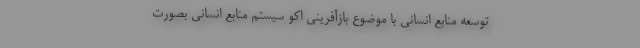
توسعه منابع انسانی با موضوع بازآفرینی اکو سیستم منابع انسانی بصورت